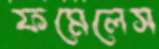
ফমেলেস